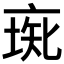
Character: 𠅰